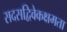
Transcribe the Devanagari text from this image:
सदसद्विवेकक्षमता